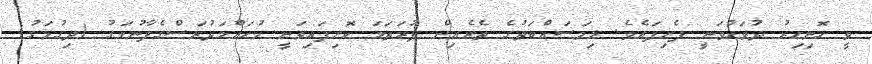
ވީ ހޮނިހިރު ދުވަހުވަނީ ފެށިފައެވެ. މިމަސައްކަތުގެ ތެރެއިން ފުރަތަމަ ކޮށިފައިވަނީ މުޙައްމަދުރަސްގެފާނުމަގު (ދިގުމަގު)